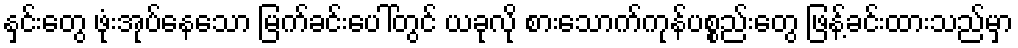
နှင်းတွေ ဖုံးအုပ်နေသော မြက်ခင်းပေါ်တွင် ယခုလို စားသောက်ကုန်ပစ္စည်းတွေ ဖြန့်ခင်းထားသည်မှာ